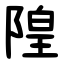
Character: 隍